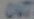
Text: OUT